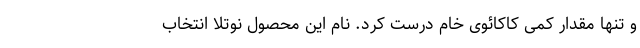
و تنها مقدار کمی کاکائوی خام درست کرد. نام این محصول نوتلا انتخاب